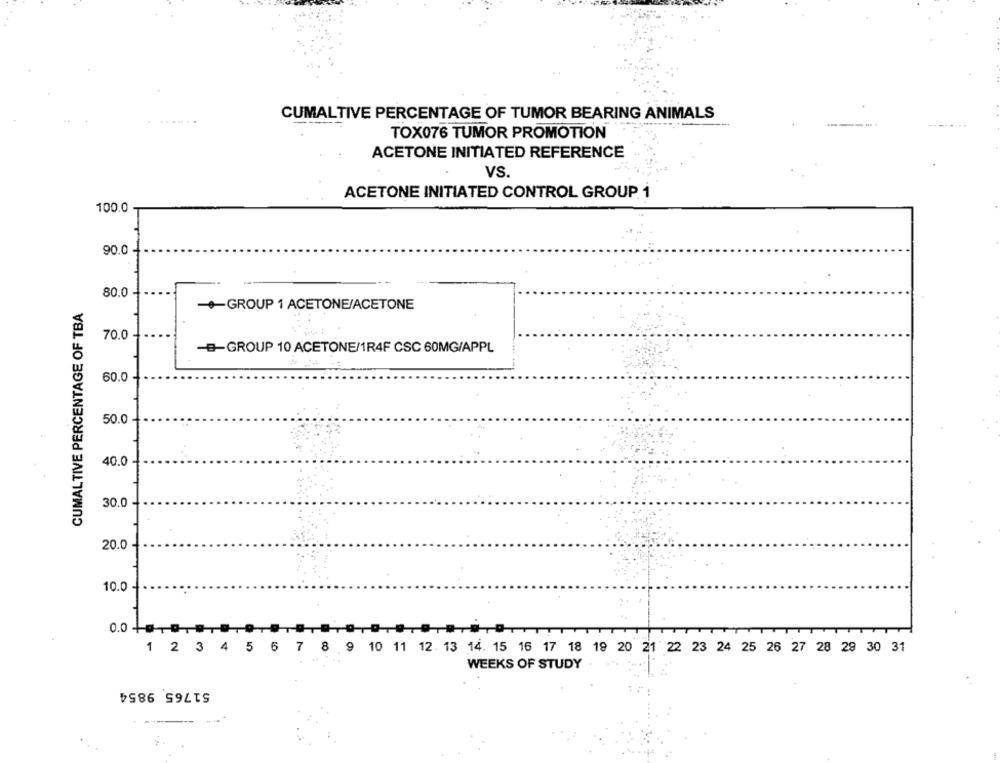
CUMALTIVE PERCENTAGE OF TUMOR BEARING ANIMALS
TOX076 TUMOR PROMOTION
ACETONE INITIATED REFERENCE
VS.
ACETONE INITIATED CONTROL GROUP. 1
100.0
90.0
80.0
CUMALTIVE PERCENTAGE OF TBA
-GROUP 1 ACETONE/ACETONE
70.0
-B-GROUP 10 ACETONE/1R4F CSC 60MG/APPL
60.0
50.0
40.0
30.0
20.0
10.0
0.0 +g
1 2 3 4 5 6 7 8 9 10 11 12. 13 14. 15 16 17 18 19 20 21 22 23 24 25 26 27 28 29 30 31
WEEKS OF STUDY
51765 9854